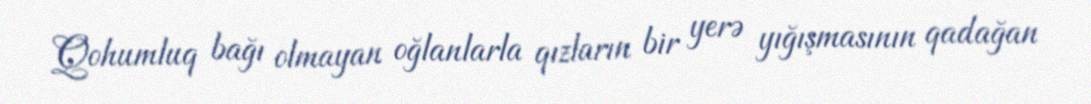
Qohumluq bağı olmayan oğlanlarla qızların bir yerə yığışmasının qadağan